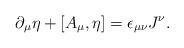
LaTeX: \begin{align*}\partial_\mu \eta + [A_\mu,\eta]=\epsilon_{\mu \nu}J^\nu .\end{align*}